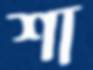
শা